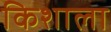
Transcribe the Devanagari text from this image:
किशाला